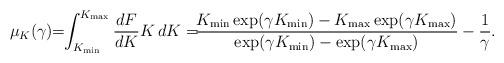
LaTeX: \begin{align*}\mu_K(\gamma)\!\!= \!\! \int_{K_{\rm min}}^{K_{\rm max}}\frac{dF}{dK} K\, dK =\!\!\!\frac{K_{\rm min}\exp(\gamma K_{\rm min})- K_{\rm max}\exp(\gamma K_{\rm max})}{\exp(\gamma K_{\rm min})-\exp(\gamma K_{\rm max})}-\frac{1}{\gamma}.\end{align*}